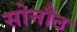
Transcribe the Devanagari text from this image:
सोनौठ